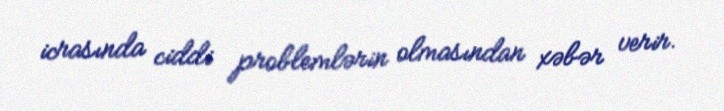
icrasında ciddi problemlərin olmasından xəbər verir.